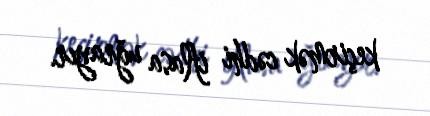
keçirmək cədhi iflasa uğrayır.